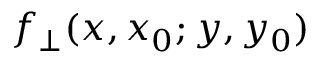
f _ { \bot } ( x , x _ { 0 } ; y , y _ { 0 } )